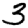
Digit: 3